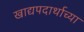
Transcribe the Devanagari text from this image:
खाद्यपदार्थाच्या